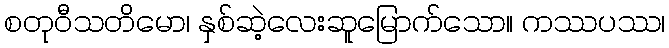
စတုဝီသတိမော၊ နှစ်ဆဲ့လေးဆူမြောက်သော။ ကဿပဿ၊